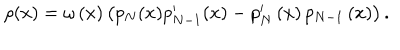
LaTeX: \rho ( x ) = \omega \left( x \right) \left( p _ { N } ( x ) p _ { N - 1 } ^ { \prime } ( x ) - p _ { N } ^ { \prime } \left( x \right) p _ { N - 1 } \left( x \right) \right) .